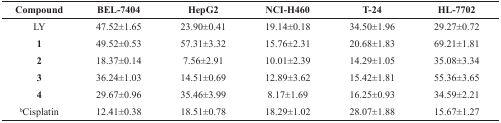
<table><thead><tr><td><b>Compound</b></td><td><b>BEL-7404</b></td><td><b>HepG2</b></td><td><b>NCI-H460</b></td><td><b>T-24</b></td><td><b>HL-7702</b></td></tr></thead><tbody><tr><td>LY</td><td>47.52±1.65</td><td>23.90±0.41</td><td>19.14±0.18</td><td>34.50±1.96</td><td>29.27±0.72</td></tr><tr><td><b>1</b></td><td>49.52±0.53</td><td>57.31±3.32</td><td>15.76±2.31</td><td>20.68±1.83</td><td>69.21±1.81</td></tr><tr><td><b>2</b></td><td>18.37±0.14</td><td>7.56±2.91</td><td>10.01±2.39</td><td>14.29±1.05</td><td>35.08±3.34</td></tr><tr><td><b>3</b></td><td>36.24±1.03</td><td>14.51±0.69</td><td>12.89±3.62</td><td>15.42±1.81</td><td>55.36±3.65</td></tr><tr><td><b>4</b></td><td>29.67±0.96</td><td>35.46±3.99</td><td>8.17±1.69</td><td>16.25±0.93</td><td>34.59±2.21</td></tr><tr><td><sup>b</sup>Cisplatin</td><td>12.41±0.38</td><td>18.51±0.78</td><td>18.29±1.02</td><td>28.07±1.88</td><td>15.67±1.27</td></tr></tbody></table>